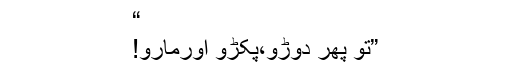
“
”تو پھر دوڑو،پکڑو اورمارو!